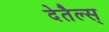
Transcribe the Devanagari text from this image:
देतैल्स्